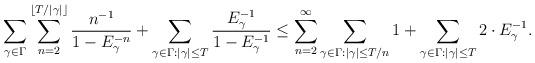
LaTeX: \begin{align*}\sum_{\gamma\in\Gamma}\sum_{n=2}^{\lfloor T/|\gamma|\rfloor}\frac{n^{-1}}{1-E_{\gamma}^{-n}}+\sum_{\gamma\in\Gamma:|\gamma|\le T}\frac{E_{\gamma}^{-1}}{1-E_{\gamma}^{-1}}\le\sum_{n=2}^{\infty}\sum_{\gamma\in\Gamma:|\gamma|\le T/n}1+\sum_{\gamma\in\Gamma:|\gamma|\le T}2\cdot E_{\gamma}^{-1}.\end{align*}